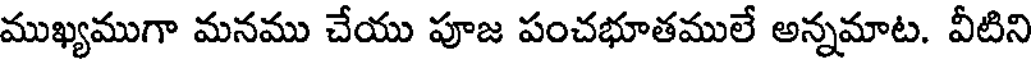
ముఖ్యముగా మనము చేయు పూజ పంచభూతములే అన్నమాట. వీటిని